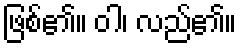
ဖြစ်၏။ ဝါ၊ လည်၏။